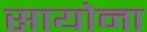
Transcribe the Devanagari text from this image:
सायोना